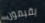
يقيمون